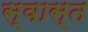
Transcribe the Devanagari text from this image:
स्वास्त